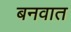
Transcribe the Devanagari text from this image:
बनवात